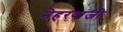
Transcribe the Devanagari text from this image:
मेहरवांजी